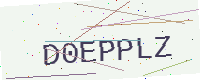
Text: D0EPPLZ